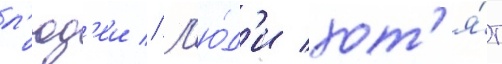
л'юд'еи // Л'ю́д'и хот'я́т